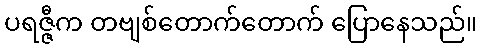
ပရဇ္ဇီက တဗျစ်တောက်တောက် ပြောနေသည်။